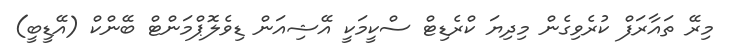
މިރޭ ތައާރަފް ކުރެވިގެން މިދިޔަ ކްރެޑިޓް ސްކީމަކީ އޭޝިއަން ޑިވެލޮޕްމަންޓް ބޭންކް (އޭޑީބީ)